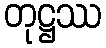
တုဋ္ဌဿ